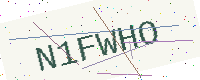
Text: N1FWHO